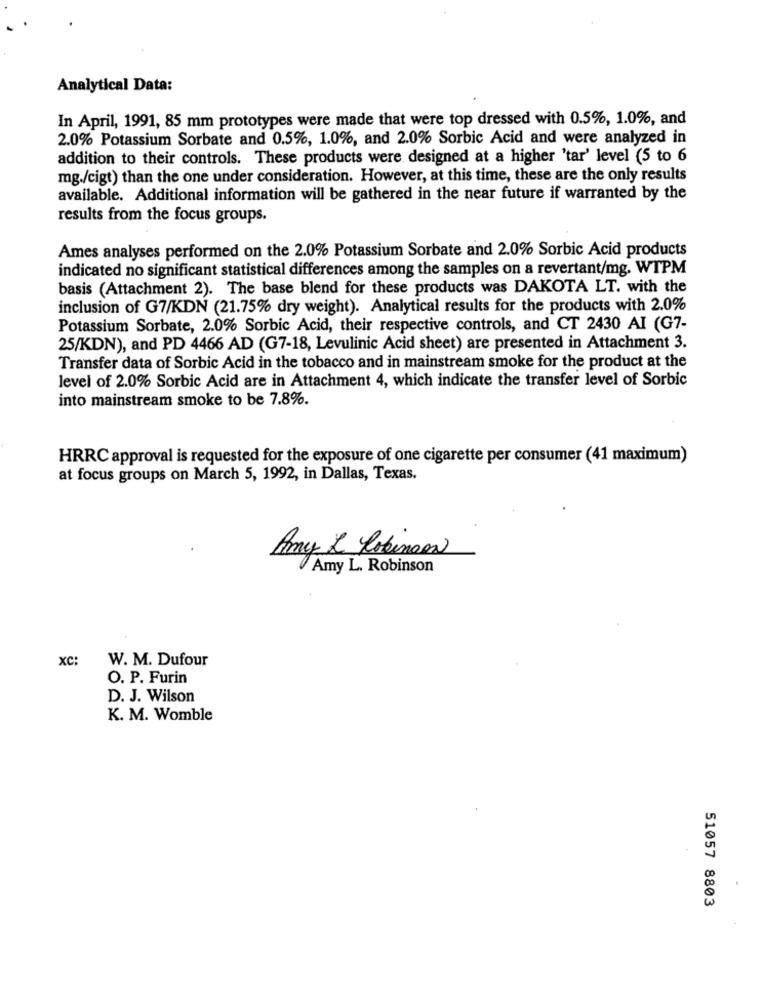
Analytical Data:
In April, 1991, 85 mm prototypes were made that were top dressed with 0.5%, 1.0%, and
2.0% Potassium Sorbate and 0.5%, 1.0%, and 2.0% Sorbic Acid and were analyzed in
addition to their controls. These products were designed at a higher 'tar' level (5 to 6
mg./cigt) than the one under consideration. However, at this time, these are the only results
available. Additional information will be gathered in the near future if warranted by the
results from the focus groups.
Ames analyses performed on the 2.0% Potassium Sorbate and 2.0% Sorbic Acid products
indicated no significant statistical differences among the samples on a revertant/mg. WTPM
basis (Attachment 2). The base blend for these products was DAKOTA LT. with the
inclusion of G7/KDN (21.75% dry weight). Analytical results for the products with 2.0%
Potassium Sorbate, 2.0% Sorbic Acid, their respective controls, and CT 2430 AI (G7-
25/KDN), and PD 4466 AD (G7-18, Levulinic Acid sheet) are presented in Attachment 3.
Transfer data of Sorbic Acid in the tobacco and in mainstream smoke for the product at the
level of 2.0% Sorbic Acid are in Attachment 4, which indicate the transfer level of Sorbic
into mainstream smoke to be 7.8%.
HRRC approval is requested for the exposure of one cigarette per consumer (41 maximum)
at focus groups on March 5, 1992, in Dallas, Texas.
Amy L Robinson
Amy L. Robinson
XC
W. M. Dufour
O. P. Furin
D. J. Wilson
K. M. Womble
51057 8803